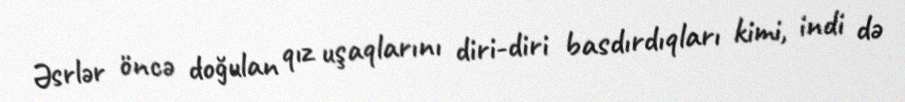
Əsrlər öncə doğulan qız uşaqlarını diri-diri basdırdıqları kimi, indi də